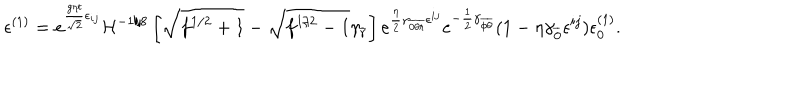
LaTeX: \epsilon ^ { ( 1 ) } = e ^ { { \frac { g \eta t } { \sqrt { 2 } } } \epsilon _ { i j } } { \cal H } ^ { - 1 / 8 } \left[ \sqrt { f ^ { 1 / 2 } + 1 } - \sqrt { f ^ { 1 / 2 } - 1 } \gamma _ { \overline { { { r } } } } \right] e ^ { { \frac { \eta } { 2 } } \gamma _ { \overline { { { 0 \theta r } } } } \epsilon ^ { i j } } e ^ { - { \frac { 1 } { 2 } } \gamma _ { \overline { { { \phi \theta } } } } } ( 1 - \eta \gamma _ { \overline { { { 0 } } } } \epsilon ^ { i j } ) \epsilon _ { 0 } ^ { ( 1 ) } .